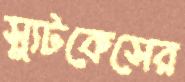
স্যুটকেসের